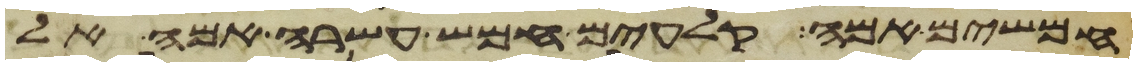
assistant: חמשים אמה קלעים חמש עשרה אמה אל